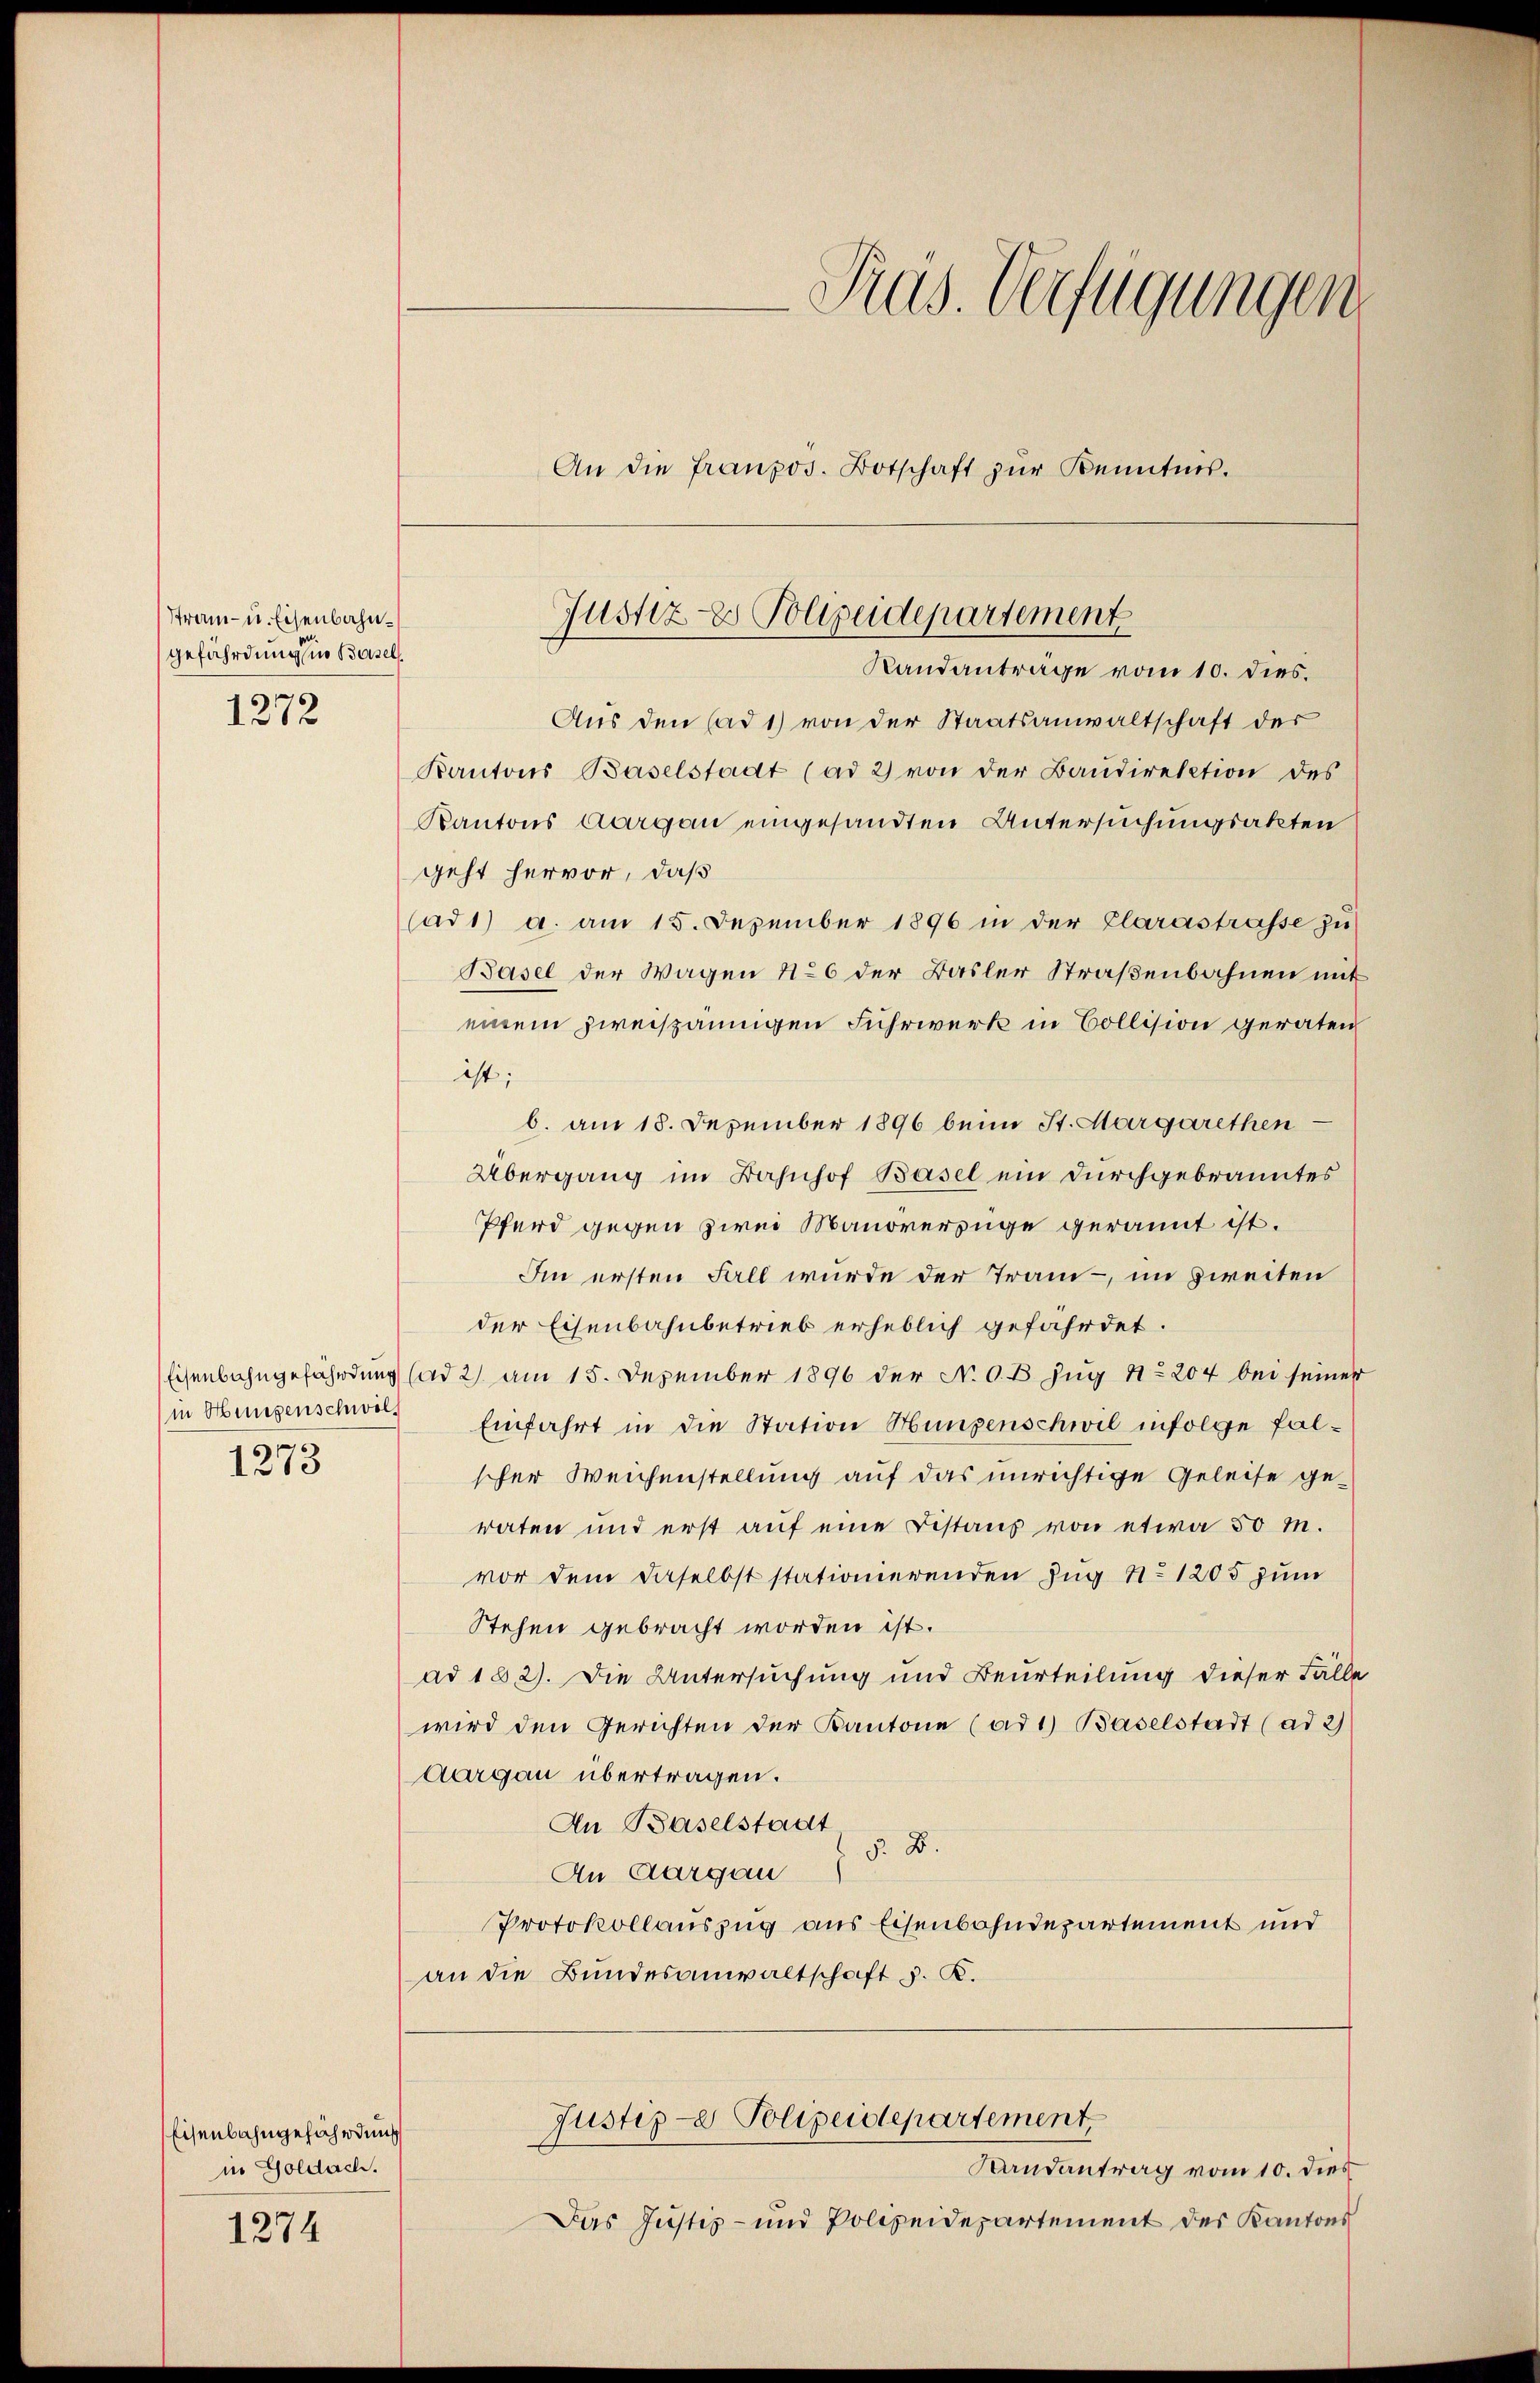
Stran- u. Eisenbahngefährdung in Basel.
1272

in Hungenschwöl¬
1273

Eisenbahngefährdung
in Goldach.

1274

Aus den (ad 1) von der Staatsanwaltschaft der
Kantons Baselstadt (ad 2) von der Baŭdirektion des
Kantons Aargau eingesandten Untersuchungsakten
geht hervor, daß
Cad1) a. am 15. Dezember 1896 in der Clarastrasse zŭ
Basel der Wagen No 6 der Basler Straßenbahnen mit
einem zweispännigen Fuhrwerk in Bollision geraten
ist;
b. am 18. Dezember 1896 beim St. Margarethen
Übergang im Bahnhof Basel ein durchgebranntes
Pferd gegen zwei Manöverzüge gerannt ist.
Im ersten Fall wurde der Tram - im zweiten
der Eisenbahnbetrieb erheblich gefährdet.
Eisenbahngefährdung (ad 2. am 15. Dezember 1896 der N. O. B. Zug No 204 bei seiner
Einfahrt in die Station Hungenschwil infolge falscher Weichenstellung auf das unrichtige Geleise geraten und erst auf eine Distanz von etwa 50 M.
vor dem daselbst stationierenden Zug No 1205 zum
Stehen gebracht worden ist.
ad 182). Die Untersuchung und Beurteilung dieser Falle
wird den Gerichten der Kantone (ad1) Baselstadt (ad 2)
Aargau übertragen.
An Baselstadt
§. B.
An Aargau
Protokollauszug aus Eisenbahndepartement und
an die Bundesanwaltschaft d. K.

Präs. Verfügungen
An die französ. Botschaft zŭr Kenntnis.

Justiz- & Polizeidepartement
Randanträge vom 10. dies.

Justiz- Polizeidepartement,

Randantrag vom 10. dies
Das Justiz- und Polizeidepartement des Kantons